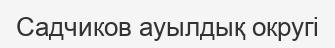
Садчиков ауылдық округі